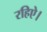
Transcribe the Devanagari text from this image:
रहिऐ।